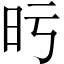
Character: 𣅙